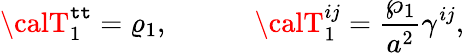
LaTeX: {\calT}_{1}^{\mathtt{t}\mathtt{t}}=\varrho_{1},\ \ \ \ \ \ \ \ \ \ \ \ {\calT}_{1}^{ij}={\frac{{\wp_{1}}}{{a^{2}}}}\gamma^{ij},